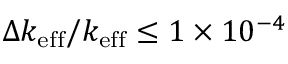
\Delta k _ { \mathrm { e f f } } / k _ { \mathrm { e f f } } \le 1 \times 1 0 ^ { - 4 }